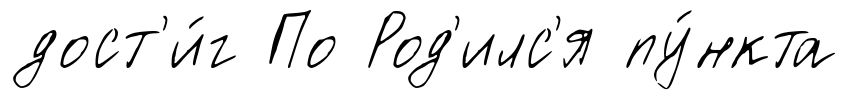
дост'и́г По Род'илс'я пу́нкта